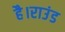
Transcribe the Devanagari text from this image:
है।राउंड